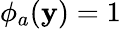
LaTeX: \phi_{a}(\mathbf{y})=1